38_143685_box7_Incident_Summaries_1-100
Agency: Department of War
Page 138
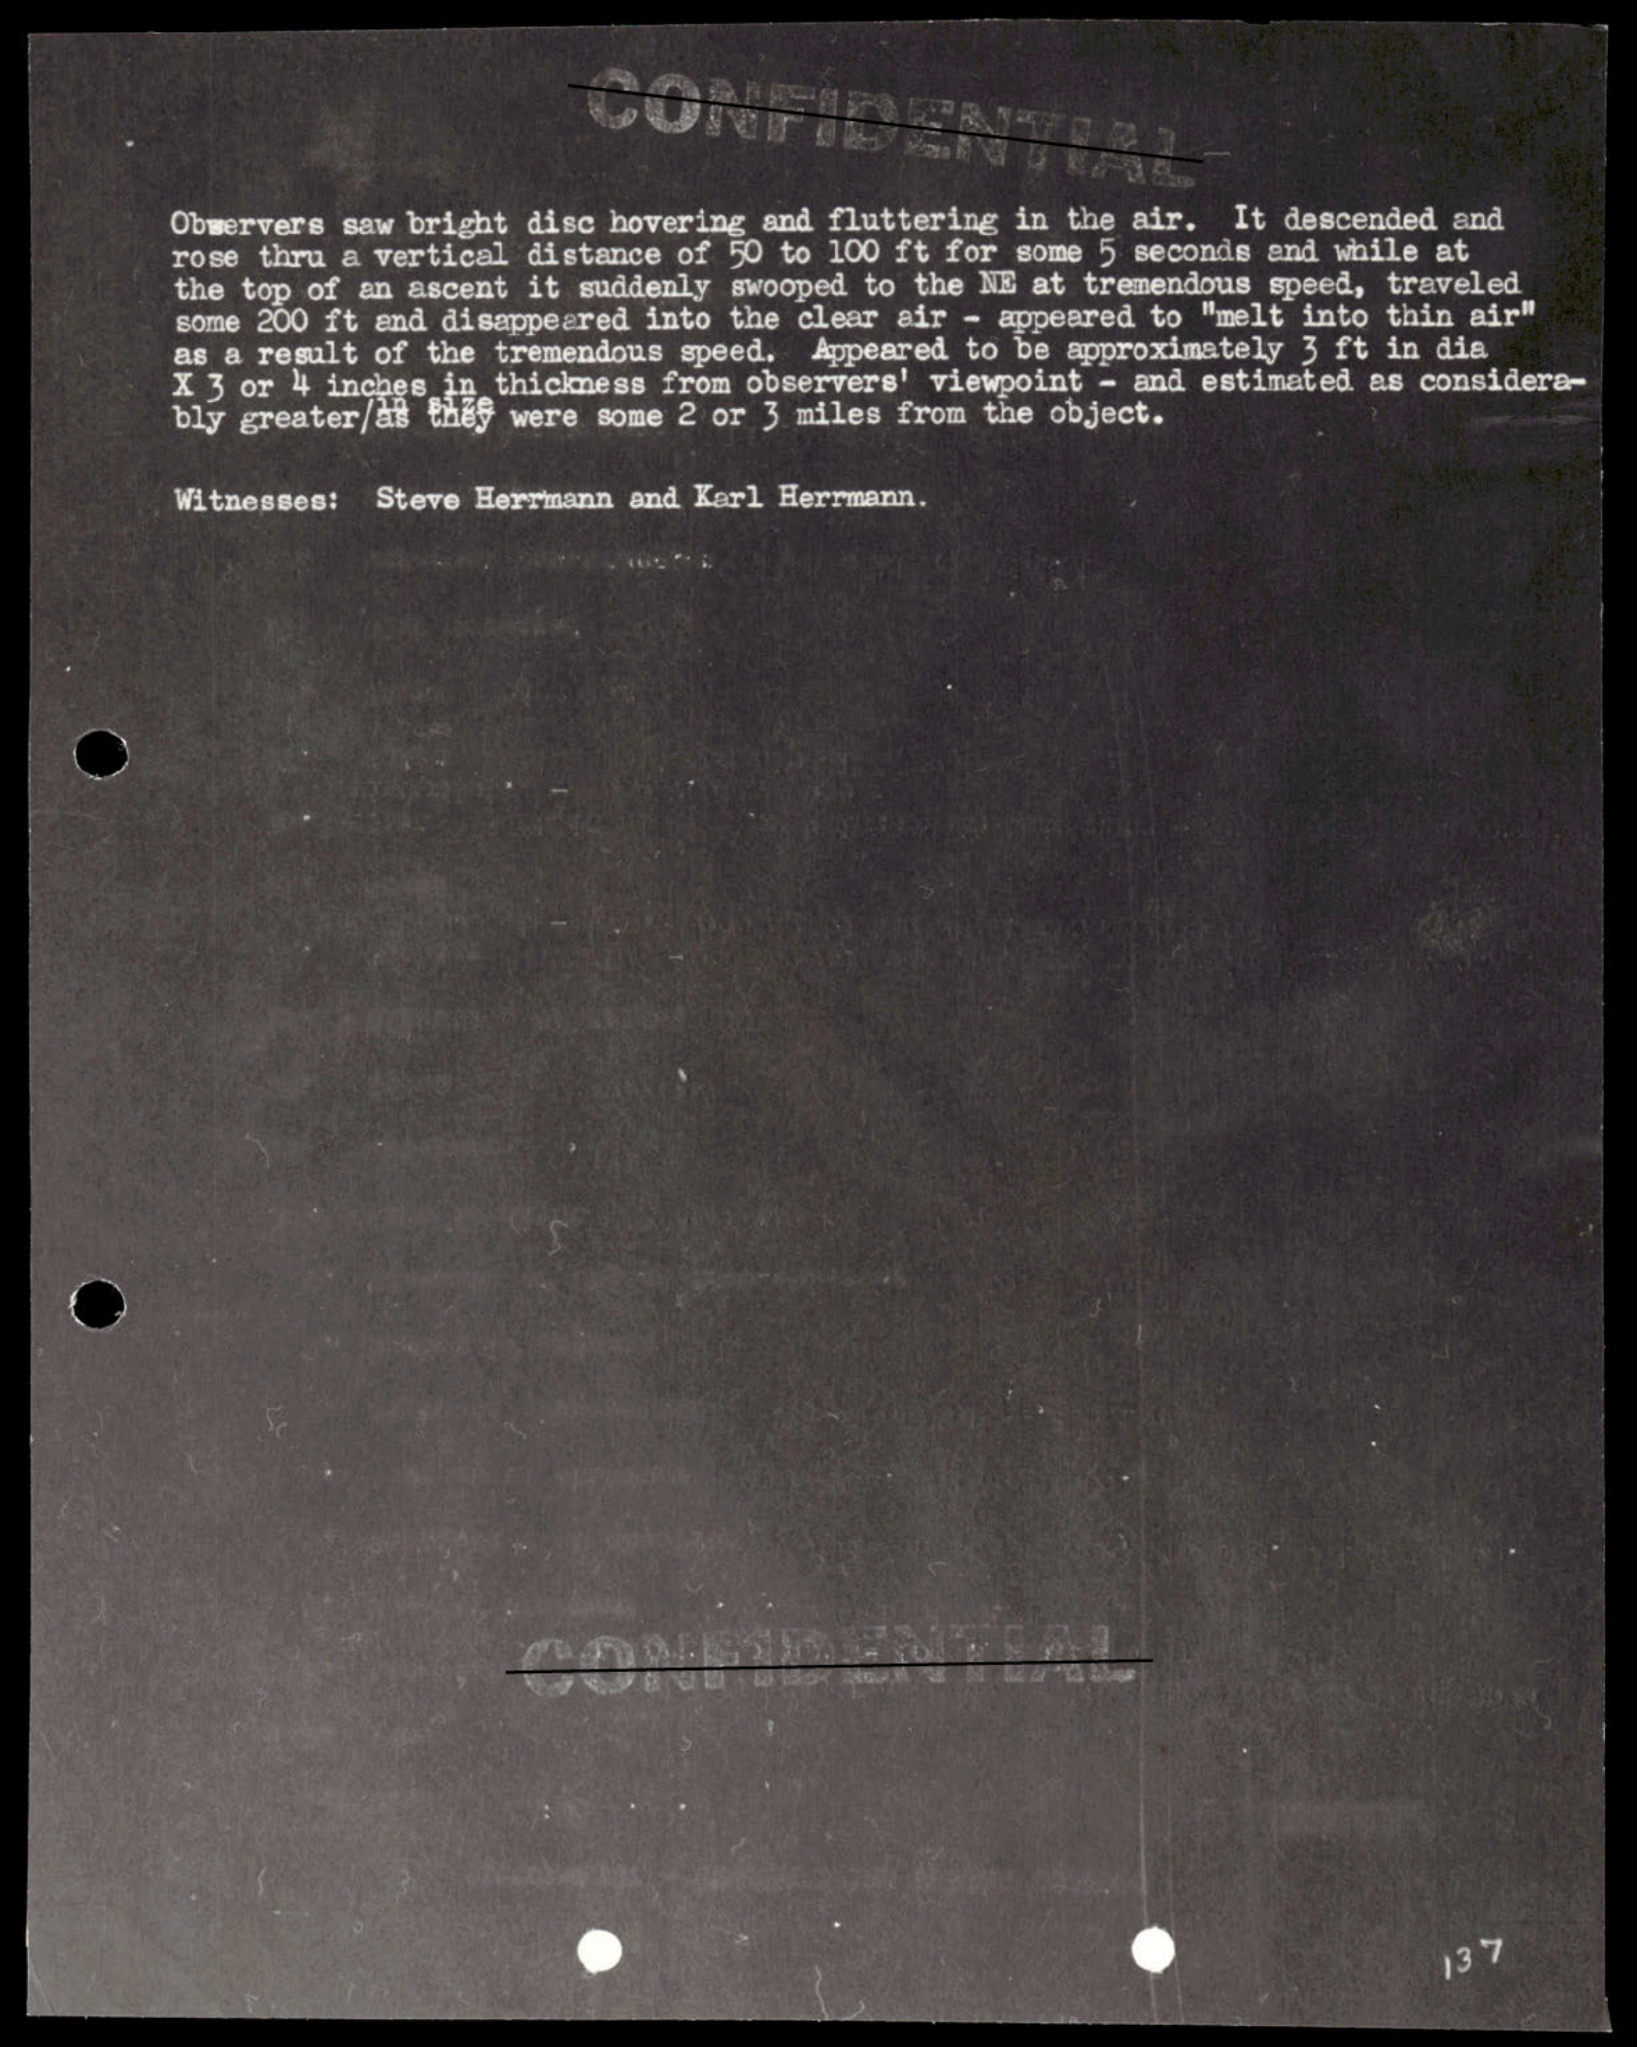